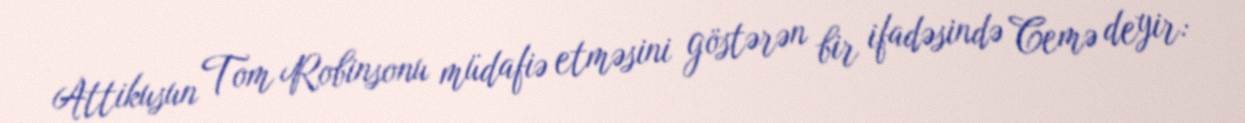
Attikusun Tom Robinsonu müdafiə etməsini göstərən bir ifadəsində Cemə deyir: